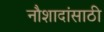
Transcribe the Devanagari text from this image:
नौशादांसाठी